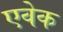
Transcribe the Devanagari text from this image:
एवेक